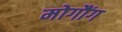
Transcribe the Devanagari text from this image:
मोगौंग